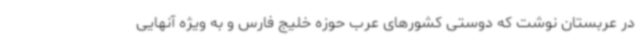
در عربستان نوشت که دوستی کشورهای عرب حوزه خلیج فارس و به ویژه آنهایی